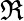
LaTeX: \mathfrak{R}